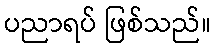
ပညာရပ် ဖြစ်သည်။